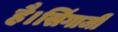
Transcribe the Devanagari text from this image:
है।सिंगाजी